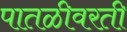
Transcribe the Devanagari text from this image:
पातळीवरती